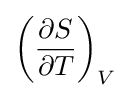
\left({\frac {\partial S}{\partial T}}\right)_{V}